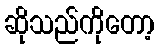
ဆိုသည်ကိုတော့